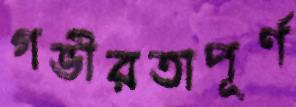
গভীরতাপূর্ণ